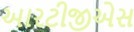
આરટીજીએસ